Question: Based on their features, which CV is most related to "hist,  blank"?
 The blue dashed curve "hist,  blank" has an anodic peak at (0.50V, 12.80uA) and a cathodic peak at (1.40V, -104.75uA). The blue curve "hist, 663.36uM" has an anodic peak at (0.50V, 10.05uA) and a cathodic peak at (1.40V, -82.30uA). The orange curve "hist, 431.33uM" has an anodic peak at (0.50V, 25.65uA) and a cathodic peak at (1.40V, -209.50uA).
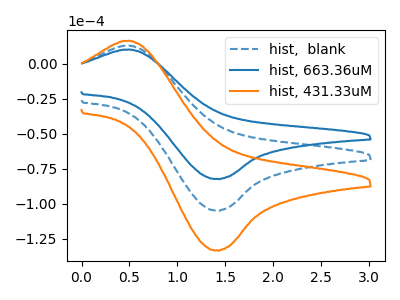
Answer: <think>All the peaks in "hist,  blank" have a peak in "hist, 663.36uM" at the same potential. Every peak in "hist,  blank" is higher than every peak in "hist, 663.36uM". All the peaks in "hist,  blank" have a peak in "hist, 431.33uM" at the same potential. Every peak in "hist,  blank" is lower than every peak in "hist, 431.33uM". All the peaks in "hist, 663.36uM" have a peak in "hist, 431.33uM" at the same potential. Every peak in "hist, 663.36uM" is lower than every peak in "hist, 431.33uM".
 </think>
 <answer>"hist,  blank" and "hist, 431.33uM" have a similar shape to "hist, 663.36uM".</answer>
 <eval>"hist,  blank" "hist, 431.33uM"</eval>